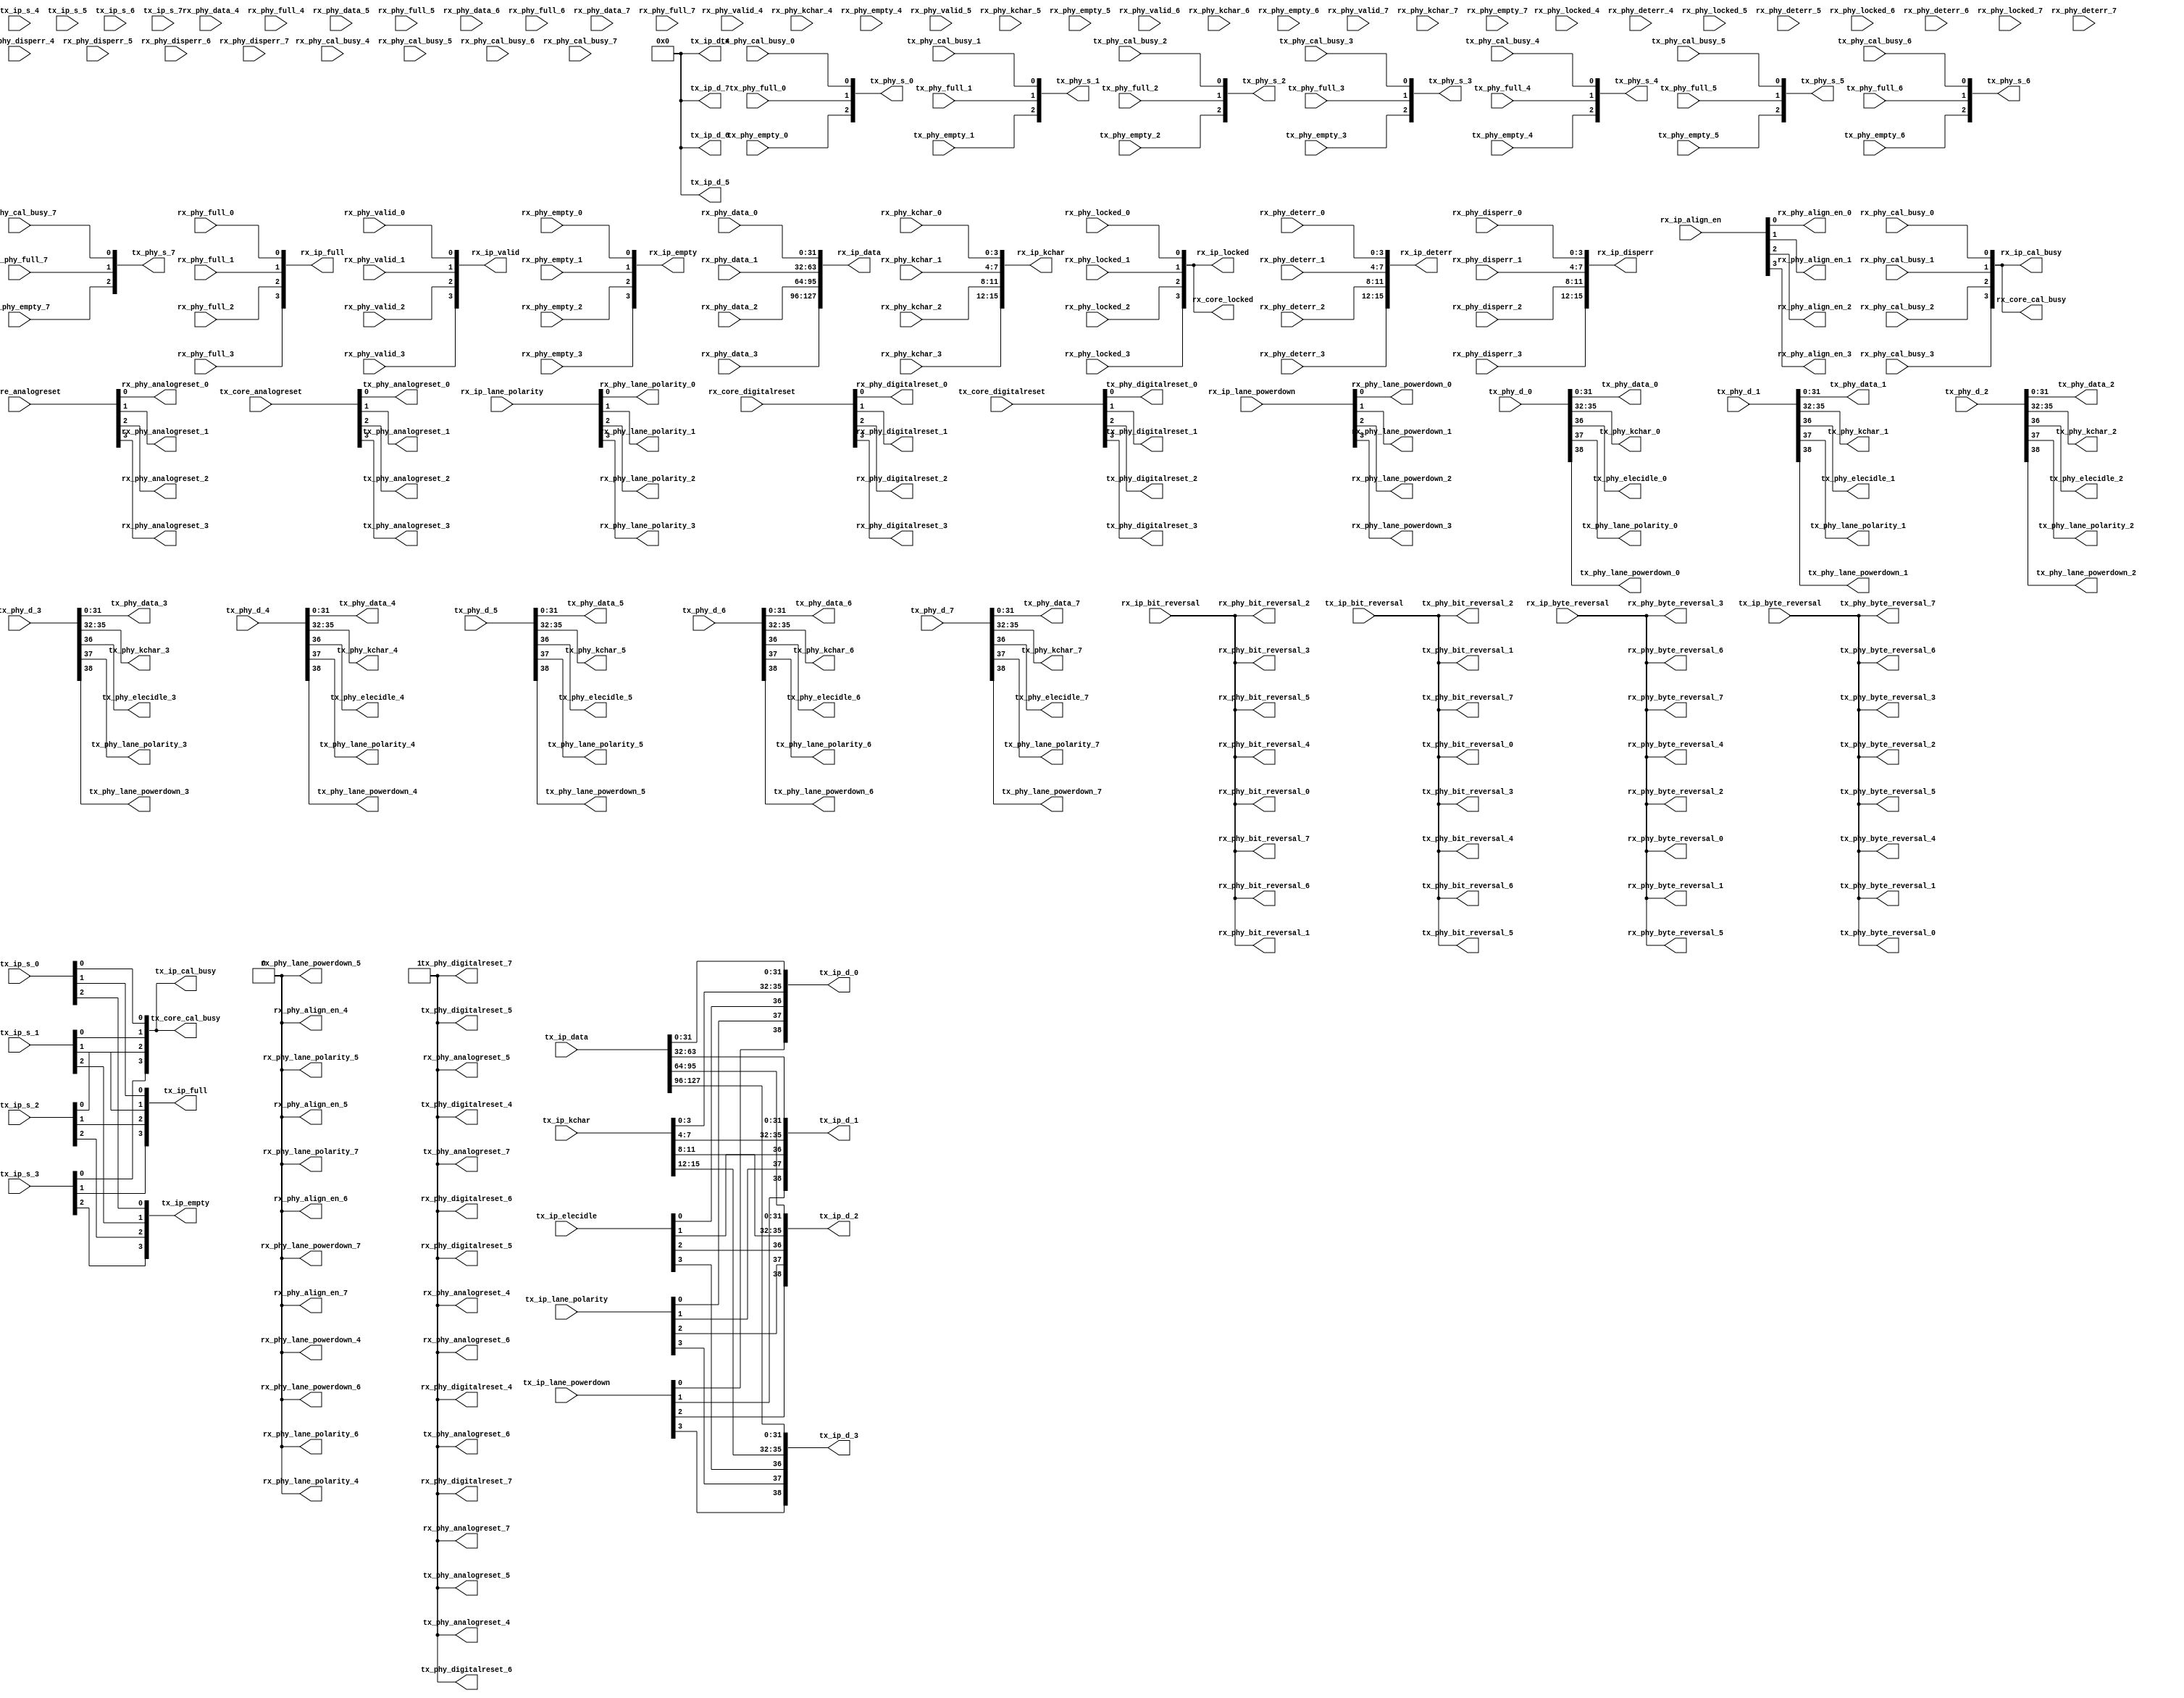
// ***************************************************************************
// ***************************************************************************
// Copyright 2011(c) Analog Devices, Inc.
// 
// All rights reserved.
// 
// Redistribution and use in source and binary forms, with or without modification,
// are permitted provided that the following conditions are met:
//     - Redistributions of source code must retain the above copyright
//       notice, this list of conditions and the following disclaimer.
//     - Redistributions in binary form must reproduce the above copyright
//       notice, this list of conditions and the following disclaimer in
//       the documentation and/or other materials provided with the
//       distribution.
//     - Neither the name of Analog Devices, Inc. nor the names of its
//       contributors may be used to endorse or promote products derived
//       from this software without specific prior written permission.
//     - The use of this software may or may not infringe the patent rights
//       of one or more patent holders.  This license does not release you
//       from the requirement that you obtain separate licenses from these
//       patent holders to use this software.
//     - Use of the software either in source or binary form, must be run
//       on or directly connected to an Analog Devices Inc. component.
//    
// THIS SOFTWARE IS PROVIDED BY ANALOG DEVICES "AS IS" AND ANY EXPRESS OR IMPLIED WARRANTIES,
// INCLUDING, BUT NOT LIMITED TO, NON-INFRINGEMENT, MERCHANTABILITY AND FITNESS FOR A
// PARTICULAR PURPOSE ARE DISCLAIMED.
//
// IN NO EVENT SHALL ANALOG DEVICES BE LIABLE FOR ANY DIRECT, INDIRECT, INCIDENTAL, SPECIAL,
// EXEMPLARY, OR CONSEQUENTIAL DAMAGES (INCLUDING, BUT NOT LIMITED TO, INTELLECTUAL PROPERTY
// RIGHTS, PROCUREMENT OF SUBSTITUTE GOODS OR SERVICES; LOSS OF USE, DATA, OR PROFITS; OR 
// BUSINESS INTERRUPTION) HOWEVER CAUSED AND ON ANY THEORY OF LIABILITY, WHETHER IN CONTRACT,
// STRICT LIABILITY, OR TORT (INCLUDING NEGLIGENCE OR OTHERWISE) ARISING IN ANY WAY OUT OF 
// THE USE OF THIS SOFTWARE, EVEN IF ADVISED OF THE POSSIBILITY OF SUCH DAMAGE.
// ***************************************************************************
// ***************************************************************************
// AUTO GENERATED BY avl_adxphy.pl, DO NOT MODIFY!

`timescale 1ns/1ps

module avl_adxphy #(

  // parameters

  parameter   integer NUM_OF_LANES = 4) (

  // rx-ip interface

  output  [((NUM_OF_LANES* 1)-1):0]   rx_ip_locked,
  output  [((NUM_OF_LANES* 1)-1):0]   rx_ip_cal_busy,
  output  [((NUM_OF_LANES* 1)-1):0]   rx_ip_valid,
  output  [((NUM_OF_LANES*32)-1):0]   rx_ip_data,
  output  [((NUM_OF_LANES* 4)-1):0]   rx_ip_disperr,
  output  [((NUM_OF_LANES* 4)-1):0]   rx_ip_deterr,
  output  [((NUM_OF_LANES* 4)-1):0]   rx_ip_kchar,
  output  [((NUM_OF_LANES* 1)-1):0]   rx_ip_full,
  output  [((NUM_OF_LANES* 1)-1):0]   rx_ip_empty,
  input   [((NUM_OF_LANES* 1)-1):0]   rx_ip_align_en,
  input   [((NUM_OF_LANES* 1)-1):0]   rx_ip_lane_polarity,
  input   [((NUM_OF_LANES* 1)-1):0]   rx_ip_lane_powerdown,
  input                               rx_ip_bit_reversal,
  input                               rx_ip_byte_reversal,

  // rx-phy interface(s)

  input                               rx_phy_locked_0,
  input                               rx_phy_cal_busy_0,
  input                               rx_phy_valid_0,
  input   [31:0]                      rx_phy_data_0,
  input   [ 3:0]                      rx_phy_disperr_0,
  input   [ 3:0]                      rx_phy_deterr_0,
  input   [ 3:0]                      rx_phy_kchar_0,
  input                               rx_phy_full_0,
  input                               rx_phy_empty_0,
  output                              rx_phy_align_en_0,
  output                              rx_phy_lane_polarity_0,
  output                              rx_phy_lane_powerdown_0,
  output                              rx_phy_bit_reversal_0,
  output                              rx_phy_byte_reversal_0,
  output                              rx_phy_analogreset_0,
  output                              rx_phy_digitalreset_0,

  input                               rx_phy_locked_1,
  input                               rx_phy_cal_busy_1,
  input                               rx_phy_valid_1,
  input   [31:0]                      rx_phy_data_1,
  input   [ 3:0]                      rx_phy_disperr_1,
  input   [ 3:0]                      rx_phy_deterr_1,
  input   [ 3:0]                      rx_phy_kchar_1,
  input                               rx_phy_full_1,
  input                               rx_phy_empty_1,
  output                              rx_phy_align_en_1,
  output                              rx_phy_lane_polarity_1,
  output                              rx_phy_lane_powerdown_1,
  output                              rx_phy_bit_reversal_1,
  output                              rx_phy_byte_reversal_1,
  output                              rx_phy_analogreset_1,
  output                              rx_phy_digitalreset_1,

  input                               rx_phy_locked_2,
  input                               rx_phy_cal_busy_2,
  input                               rx_phy_valid_2,
  input   [31:0]                      rx_phy_data_2,
  input   [ 3:0]                      rx_phy_disperr_2,
  input   [ 3:0]                      rx_phy_deterr_2,
  input   [ 3:0]                      rx_phy_kchar_2,
  input                               rx_phy_full_2,
  input                               rx_phy_empty_2,
  output                              rx_phy_align_en_2,
  output                              rx_phy_lane_polarity_2,
  output                              rx_phy_lane_powerdown_2,
  output                              rx_phy_bit_reversal_2,
  output                              rx_phy_byte_reversal_2,
  output                              rx_phy_analogreset_2,
  output                              rx_phy_digitalreset_2,

  input                               rx_phy_locked_3,
  input                               rx_phy_cal_busy_3,
  input                               rx_phy_valid_3,
  input   [31:0]                      rx_phy_data_3,
  input   [ 3:0]                      rx_phy_disperr_3,
  input   [ 3:0]                      rx_phy_deterr_3,
  input   [ 3:0]                      rx_phy_kchar_3,
  input                               rx_phy_full_3,
  input                               rx_phy_empty_3,
  output                              rx_phy_align_en_3,
  output                              rx_phy_lane_polarity_3,
  output                              rx_phy_lane_powerdown_3,
  output                              rx_phy_bit_reversal_3,
  output                              rx_phy_byte_reversal_3,
  output                              rx_phy_analogreset_3,
  output                              rx_phy_digitalreset_3,

  input                               rx_phy_locked_4,
  input                               rx_phy_cal_busy_4,
  input                               rx_phy_valid_4,
  input   [31:0]                      rx_phy_data_4,
  input   [ 3:0]                      rx_phy_disperr_4,
  input   [ 3:0]                      rx_phy_deterr_4,
  input   [ 3:0]                      rx_phy_kchar_4,
  input                               rx_phy_full_4,
  input                               rx_phy_empty_4,
  output                              rx_phy_align_en_4,
  output                              rx_phy_lane_polarity_4,
  output                              rx_phy_lane_powerdown_4,
  output                              rx_phy_bit_reversal_4,
  output                              rx_phy_byte_reversal_4,
  output                              rx_phy_analogreset_4,
  output                              rx_phy_digitalreset_4,

  input                               rx_phy_locked_5,
  input                               rx_phy_cal_busy_5,
  input                               rx_phy_valid_5,
  input   [31:0]                      rx_phy_data_5,
  input   [ 3:0]                      rx_phy_disperr_5,
  input   [ 3:0]                      rx_phy_deterr_5,
  input   [ 3:0]                      rx_phy_kchar_5,
  input                               rx_phy_full_5,
  input                               rx_phy_empty_5,
  output                              rx_phy_align_en_5,
  output                              rx_phy_lane_polarity_5,
  output                              rx_phy_lane_powerdown_5,
  output                              rx_phy_bit_reversal_5,
  output                              rx_phy_byte_reversal_5,
  output                              rx_phy_analogreset_5,
  output                              rx_phy_digitalreset_5,

  input                               rx_phy_locked_6,
  input                               rx_phy_cal_busy_6,
  input                               rx_phy_valid_6,
  input   [31:0]                      rx_phy_data_6,
  input   [ 3:0]                      rx_phy_disperr_6,
  input   [ 3:0]                      rx_phy_deterr_6,
  input   [ 3:0]                      rx_phy_kchar_6,
  input                               rx_phy_full_6,
  input                               rx_phy_empty_6,
  output                              rx_phy_align_en_6,
  output                              rx_phy_lane_polarity_6,
  output                              rx_phy_lane_powerdown_6,
  output                              rx_phy_bit_reversal_6,
  output                              rx_phy_byte_reversal_6,
  output                              rx_phy_analogreset_6,
  output                              rx_phy_digitalreset_6,

  input                               rx_phy_locked_7,
  input                               rx_phy_cal_busy_7,
  input                               rx_phy_valid_7,
  input   [31:0]                      rx_phy_data_7,
  input   [ 3:0]                      rx_phy_disperr_7,
  input   [ 3:0]                      rx_phy_deterr_7,
  input   [ 3:0]                      rx_phy_kchar_7,
  input                               rx_phy_full_7,
  input                               rx_phy_empty_7,
  output                              rx_phy_align_en_7,
  output                              rx_phy_lane_polarity_7,
  output                              rx_phy_lane_powerdown_7,
  output                              rx_phy_bit_reversal_7,
  output                              rx_phy_byte_reversal_7,
  output                              rx_phy_analogreset_7,
  output                              rx_phy_digitalreset_7,

  // rx-core interface

  input   [((NUM_OF_LANES* 1)-1):0]   rx_core_analogreset,
  input   [((NUM_OF_LANES* 1)-1):0]   rx_core_digitalreset,
  output  [((NUM_OF_LANES* 1)-1):0]   rx_core_locked,
  output  [((NUM_OF_LANES* 1)-1):0]   rx_core_cal_busy,

  // tx-ip interface

  output  [((NUM_OF_LANES* 1)-1):0]   tx_ip_cal_busy,
  output  [((NUM_OF_LANES* 1)-1):0]   tx_ip_full,
  output  [((NUM_OF_LANES* 1)-1):0]   tx_ip_empty,
  input   [((NUM_OF_LANES*32)-1):0]   tx_ip_data,
  input   [((NUM_OF_LANES* 4)-1):0]   tx_ip_kchar,
  input   [((NUM_OF_LANES* 1)-1):0]   tx_ip_elecidle,
  input   [((NUM_OF_LANES* 1)-1):0]   tx_ip_lane_polarity,
  input   [((NUM_OF_LANES* 1)-1):0]   tx_ip_lane_powerdown,
  input                               tx_ip_bit_reversal,
  input                               tx_ip_byte_reversal,

  // tx-mux interface

  input   [ 2:0]                      tx_ip_s_0,
  output  [38:0]                      tx_ip_d_0,
  output  [ 2:0]                      tx_phy_s_0,
  input   [38:0]                      tx_phy_d_0,

  input   [ 2:0]                      tx_ip_s_1,
  output  [38:0]                      tx_ip_d_1,
  output  [ 2:0]                      tx_phy_s_1,
  input   [38:0]                      tx_phy_d_1,

  input   [ 2:0]                      tx_ip_s_2,
  output  [38:0]                      tx_ip_d_2,
  output  [ 2:0]                      tx_phy_s_2,
  input   [38:0]                      tx_phy_d_2,

  input   [ 2:0]                      tx_ip_s_3,
  output  [38:0]                      tx_ip_d_3,
  output  [ 2:0]                      tx_phy_s_3,
  input   [38:0]                      tx_phy_d_3,

  input   [ 2:0]                      tx_ip_s_4,
  output  [38:0]                      tx_ip_d_4,
  output  [ 2:0]                      tx_phy_s_4,
  input   [38:0]                      tx_phy_d_4,

  input   [ 2:0]                      tx_ip_s_5,
  output  [38:0]                      tx_ip_d_5,
  output  [ 2:0]                      tx_phy_s_5,
  input   [38:0]                      tx_phy_d_5,

  input   [ 2:0]                      tx_ip_s_6,
  output  [38:0]                      tx_ip_d_6,
  output  [ 2:0]                      tx_phy_s_6,
  input   [38:0]                      tx_phy_d_6,

  input   [ 2:0]                      tx_ip_s_7,
  output  [38:0]                      tx_ip_d_7,
  output  [ 2:0]                      tx_phy_s_7,
  input   [38:0]                      tx_phy_d_7,

  // tx-phy interface

  input                               tx_phy_cal_busy_0,
  input                               tx_phy_full_0,
  input                               tx_phy_empty_0,
  output  [31:0]                      tx_phy_data_0,
  output  [ 3:0]                      tx_phy_kchar_0,
  output                              tx_phy_elecidle_0,
  output                              tx_phy_lane_polarity_0,
  output                              tx_phy_lane_powerdown_0,
  output                              tx_phy_bit_reversal_0,
  output                              tx_phy_byte_reversal_0,
  output                              tx_phy_analogreset_0,
  output                              tx_phy_digitalreset_0,

  input                               tx_phy_cal_busy_1,
  input                               tx_phy_full_1,
  input                               tx_phy_empty_1,
  output  [31:0]                      tx_phy_data_1,
  output  [ 3:0]                      tx_phy_kchar_1,
  output                              tx_phy_elecidle_1,
  output                              tx_phy_lane_polarity_1,
  output                              tx_phy_lane_powerdown_1,
  output                              tx_phy_bit_reversal_1,
  output                              tx_phy_byte_reversal_1,
  output                              tx_phy_analogreset_1,
  output                              tx_phy_digitalreset_1,

  input                               tx_phy_cal_busy_2,
  input                               tx_phy_full_2,
  input                               tx_phy_empty_2,
  output  [31:0]                      tx_phy_data_2,
  output  [ 3:0]                      tx_phy_kchar_2,
  output                              tx_phy_elecidle_2,
  output                              tx_phy_lane_polarity_2,
  output                              tx_phy_lane_powerdown_2,
  output                              tx_phy_bit_reversal_2,
  output                              tx_phy_byte_reversal_2,
  output                              tx_phy_analogreset_2,
  output                              tx_phy_digitalreset_2,

  input                               tx_phy_cal_busy_3,
  input                               tx_phy_full_3,
  input                               tx_phy_empty_3,
  output  [31:0]                      tx_phy_data_3,
  output  [ 3:0]                      tx_phy_kchar_3,
  output                              tx_phy_elecidle_3,
  output                              tx_phy_lane_polarity_3,
  output                              tx_phy_lane_powerdown_3,
  output                              tx_phy_bit_reversal_3,
  output                              tx_phy_byte_reversal_3,
  output                              tx_phy_analogreset_3,
  output                              tx_phy_digitalreset_3,

  input                               tx_phy_cal_busy_4,
  input                               tx_phy_full_4,
  input                               tx_phy_empty_4,
  output  [31:0]                      tx_phy_data_4,
  output  [ 3:0]                      tx_phy_kchar_4,
  output                              tx_phy_elecidle_4,
  output                              tx_phy_lane_polarity_4,
  output                              tx_phy_lane_powerdown_4,
  output                              tx_phy_bit_reversal_4,
  output                              tx_phy_byte_reversal_4,
  output                              tx_phy_analogreset_4,
  output                              tx_phy_digitalreset_4,

  input                               tx_phy_cal_busy_5,
  input                               tx_phy_full_5,
  input                               tx_phy_empty_5,
  output  [31:0]                      tx_phy_data_5,
  output  [ 3:0]                      tx_phy_kchar_5,
  output                              tx_phy_elecidle_5,
  output                              tx_phy_lane_polarity_5,
  output                              tx_phy_lane_powerdown_5,
  output                              tx_phy_bit_reversal_5,
  output                              tx_phy_byte_reversal_5,
  output                              tx_phy_analogreset_5,
  output                              tx_phy_digitalreset_5,

  input                               tx_phy_cal_busy_6,
  input                               tx_phy_full_6,
  input                               tx_phy_empty_6,
  output  [31:0]                      tx_phy_data_6,
  output  [ 3:0]                      tx_phy_kchar_6,
  output                              tx_phy_elecidle_6,
  output                              tx_phy_lane_polarity_6,
  output                              tx_phy_lane_powerdown_6,
  output                              tx_phy_bit_reversal_6,
  output                              tx_phy_byte_reversal_6,
  output                              tx_phy_analogreset_6,
  output                              tx_phy_digitalreset_6,

  input                               tx_phy_cal_busy_7,
  input                               tx_phy_full_7,
  input                               tx_phy_empty_7,
  output  [31:0]                      tx_phy_data_7,
  output  [ 3:0]                      tx_phy_kchar_7,
  output                              tx_phy_elecidle_7,
  output                              tx_phy_lane_polarity_7,
  output                              tx_phy_lane_powerdown_7,
  output                              tx_phy_bit_reversal_7,
  output                              tx_phy_byte_reversal_7,
  output                              tx_phy_analogreset_7,
  output                              tx_phy_digitalreset_7,

  // tx-core interface

  input   [((NUM_OF_LANES* 1)-1):0]   tx_core_analogreset,
  input   [((NUM_OF_LANES* 1)-1):0]   tx_core_digitalreset,
  output  [((NUM_OF_LANES* 1)-1):0]   tx_core_cal_busy);

  // rx assignments

  generate
  if (NUM_OF_LANES > 0) begin
  assign rx_core_locked[0] = rx_phy_locked_0;
  assign rx_core_cal_busy[0] = rx_phy_cal_busy_0;
  assign rx_ip_locked[0] = rx_phy_locked_0;
  assign rx_ip_cal_busy[0] = rx_phy_cal_busy_0;
  assign rx_ip_valid[0] = rx_phy_valid_0;
  assign rx_ip_data[((32*1)-1):(32*0)] = rx_phy_data_0;
  assign rx_ip_disperr[((4*1)-1):(4*0)] = rx_phy_disperr_0;
  assign rx_ip_deterr[((4*1)-1):(4*0)] = rx_phy_deterr_0;
  assign rx_ip_kchar[((4*1)-1):(4*0)] = rx_phy_kchar_0;
  assign rx_ip_full[0] = rx_phy_full_0;
  assign rx_ip_empty[0] = rx_phy_empty_0;
  end
  endgenerate

  generate
  if (NUM_OF_LANES > 0) begin
  assign rx_phy_align_en_0 = rx_ip_align_en[0];
  assign rx_phy_lane_polarity_0 = rx_ip_lane_polarity[0];
  assign rx_phy_lane_powerdown_0 = rx_ip_lane_powerdown[0];
  assign rx_phy_analogreset_0 = rx_core_analogreset[0];
  assign rx_phy_digitalreset_0 = rx_core_digitalreset[0];
  end else begin
  assign rx_phy_align_en_0 = 1'd0;
  assign rx_phy_lane_polarity_0 = 1'd0;
  assign rx_phy_lane_powerdown_0 = 1'd0;
  assign rx_phy_analogreset_0 = 1'd1;
  assign rx_phy_digitalreset_0 = 1'd1;
  end
  endgenerate

  assign rx_phy_bit_reversal_0 = rx_ip_bit_reversal;
  assign rx_phy_byte_reversal_0 = rx_ip_byte_reversal;

  generate
  if (NUM_OF_LANES > 1) begin
  assign rx_core_locked[1] = rx_phy_locked_1;
  assign rx_core_cal_busy[1] = rx_phy_cal_busy_1;
  assign rx_ip_locked[1] = rx_phy_locked_1;
  assign rx_ip_cal_busy[1] = rx_phy_cal_busy_1;
  assign rx_ip_valid[1] = rx_phy_valid_1;
  assign rx_ip_data[((32*2)-1):(32*1)] = rx_phy_data_1;
  assign rx_ip_disperr[((4*2)-1):(4*1)] = rx_phy_disperr_1;
  assign rx_ip_deterr[((4*2)-1):(4*1)] = rx_phy_deterr_1;
  assign rx_ip_kchar[((4*2)-1):(4*1)] = rx_phy_kchar_1;
  assign rx_ip_full[1] = rx_phy_full_1;
  assign rx_ip_empty[1] = rx_phy_empty_1;
  end
  endgenerate

  generate
  if (NUM_OF_LANES > 1) begin
  assign rx_phy_align_en_1 = rx_ip_align_en[1];
  assign rx_phy_lane_polarity_1 = rx_ip_lane_polarity[1];
  assign rx_phy_lane_powerdown_1 = rx_ip_lane_powerdown[1];
  assign rx_phy_analogreset_1 = rx_core_analogreset[1];
  assign rx_phy_digitalreset_1 = rx_core_digitalreset[1];
  end else begin
  assign rx_phy_align_en_1 = 1'd0;
  assign rx_phy_lane_polarity_1 = 1'd0;
  assign rx_phy_lane_powerdown_1 = 1'd0;
  assign rx_phy_analogreset_1 = 1'd1;
  assign rx_phy_digitalreset_1 = 1'd1;
  end
  endgenerate

  assign rx_phy_bit_reversal_1 = rx_ip_bit_reversal;
  assign rx_phy_byte_reversal_1 = rx_ip_byte_reversal;

  generate
  if (NUM_OF_LANES > 2) begin
  assign rx_core_locked[2] = rx_phy_locked_2;
  assign rx_core_cal_busy[2] = rx_phy_cal_busy_2;
  assign rx_ip_locked[2] = rx_phy_locked_2;
  assign rx_ip_cal_busy[2] = rx_phy_cal_busy_2;
  assign rx_ip_valid[2] = rx_phy_valid_2;
  assign rx_ip_data[((32*3)-1):(32*2)] = rx_phy_data_2;
  assign rx_ip_disperr[((4*3)-1):(4*2)] = rx_phy_disperr_2;
  assign rx_ip_deterr[((4*3)-1):(4*2)] = rx_phy_deterr_2;
  assign rx_ip_kchar[((4*3)-1):(4*2)] = rx_phy_kchar_2;
  assign rx_ip_full[2] = rx_phy_full_2;
  assign rx_ip_empty[2] = rx_phy_empty_2;
  end
  endgenerate

  generate
  if (NUM_OF_LANES > 2) begin
  assign rx_phy_align_en_2 = rx_ip_align_en[2];
  assign rx_phy_lane_polarity_2 = rx_ip_lane_polarity[2];
  assign rx_phy_lane_powerdown_2 = rx_ip_lane_powerdown[2];
  assign rx_phy_analogreset_2 = rx_core_analogreset[2];
  assign rx_phy_digitalreset_2 = rx_core_digitalreset[2];
  end else begin
  assign rx_phy_align_en_2 = 1'd0;
  assign rx_phy_lane_polarity_2 = 1'd0;
  assign rx_phy_lane_powerdown_2 = 1'd0;
  assign rx_phy_analogreset_2 = 1'd1;
  assign rx_phy_digitalreset_2 = 1'd1;
  end
  endgenerate

  assign rx_phy_bit_reversal_2 = rx_ip_bit_reversal;
  assign rx_phy_byte_reversal_2 = rx_ip_byte_reversal;

  generate
  if (NUM_OF_LANES > 3) begin
  assign rx_core_locked[3] = rx_phy_locked_3;
  assign rx_core_cal_busy[3] = rx_phy_cal_busy_3;
  assign rx_ip_locked[3] = rx_phy_locked_3;
  assign rx_ip_cal_busy[3] = rx_phy_cal_busy_3;
  assign rx_ip_valid[3] = rx_phy_valid_3;
  assign rx_ip_data[((32*4)-1):(32*3)] = rx_phy_data_3;
  assign rx_ip_disperr[((4*4)-1):(4*3)] = rx_phy_disperr_3;
  assign rx_ip_deterr[((4*4)-1):(4*3)] = rx_phy_deterr_3;
  assign rx_ip_kchar[((4*4)-1):(4*3)] = rx_phy_kchar_3;
  assign rx_ip_full[3] = rx_phy_full_3;
  assign rx_ip_empty[3] = rx_phy_empty_3;
  end
  endgenerate

  generate
  if (NUM_OF_LANES > 3) begin
  assign rx_phy_align_en_3 = rx_ip_align_en[3];
  assign rx_phy_lane_polarity_3 = rx_ip_lane_polarity[3];
  assign rx_phy_lane_powerdown_3 = rx_ip_lane_powerdown[3];
  assign rx_phy_analogreset_3 = rx_core_analogreset[3];
  assign rx_phy_digitalreset_3 = rx_core_digitalreset[3];
  end else begin
  assign rx_phy_align_en_3 = 1'd0;
  assign rx_phy_lane_polarity_3 = 1'd0;
  assign rx_phy_lane_powerdown_3 = 1'd0;
  assign rx_phy_analogreset_3 = 1'd1;
  assign rx_phy_digitalreset_3 = 1'd1;
  end
  endgenerate

  assign rx_phy_bit_reversal_3 = rx_ip_bit_reversal;
  assign rx_phy_byte_reversal_3 = rx_ip_byte_reversal;

  generate
  if (NUM_OF_LANES > 4) begin
  assign rx_core_locked[4] = rx_phy_locked_4;
  assign rx_core_cal_busy[4] = rx_phy_cal_busy_4;
  assign rx_ip_locked[4] = rx_phy_locked_4;
  assign rx_ip_cal_busy[4] = rx_phy_cal_busy_4;
  assign rx_ip_valid[4] = rx_phy_valid_4;
  assign rx_ip_data[((32*5)-1):(32*4)] = rx_phy_data_4;
  assign rx_ip_disperr[((4*5)-1):(4*4)] = rx_phy_disperr_4;
  assign rx_ip_deterr[((4*5)-1):(4*4)] = rx_phy_deterr_4;
  assign rx_ip_kchar[((4*5)-1):(4*4)] = rx_phy_kchar_4;
  assign rx_ip_full[4] = rx_phy_full_4;
  assign rx_ip_empty[4] = rx_phy_empty_4;
  end
  endgenerate

  generate
  if (NUM_OF_LANES > 4) begin
  assign rx_phy_align_en_4 = rx_ip_align_en[4];
  assign rx_phy_lane_polarity_4 = rx_ip_lane_polarity[4];
  assign rx_phy_lane_powerdown_4 = rx_ip_lane_powerdown[4];
  assign rx_phy_analogreset_4 = rx_core_analogreset[4];
  assign rx_phy_digitalreset_4 = rx_core_digitalreset[4];
  end else begin
  assign rx_phy_align_en_4 = 1'd0;
  assign rx_phy_lane_polarity_4 = 1'd0;
  assign rx_phy_lane_powerdown_4 = 1'd0;
  assign rx_phy_analogreset_4 = 1'd1;
  assign rx_phy_digitalreset_4 = 1'd1;
  end
  endgenerate

  assign rx_phy_bit_reversal_4 = rx_ip_bit_reversal;
  assign rx_phy_byte_reversal_4 = rx_ip_byte_reversal;

  generate
  if (NUM_OF_LANES > 5) begin
  assign rx_core_locked[5] = rx_phy_locked_5;
  assign rx_core_cal_busy[5] = rx_phy_cal_busy_5;
  assign rx_ip_locked[5] = rx_phy_locked_5;
  assign rx_ip_cal_busy[5] = rx_phy_cal_busy_5;
  assign rx_ip_valid[5] = rx_phy_valid_5;
  assign rx_ip_data[((32*6)-1):(32*5)] = rx_phy_data_5;
  assign rx_ip_disperr[((4*6)-1):(4*5)] = rx_phy_disperr_5;
  assign rx_ip_deterr[((4*6)-1):(4*5)] = rx_phy_deterr_5;
  assign rx_ip_kchar[((4*6)-1):(4*5)] = rx_phy_kchar_5;
  assign rx_ip_full[5] = rx_phy_full_5;
  assign rx_ip_empty[5] = rx_phy_empty_5;
  end
  endgenerate

  generate
  if (NUM_OF_LANES > 5) begin
  assign rx_phy_align_en_5 = rx_ip_align_en[5];
  assign rx_phy_lane_polarity_5 = rx_ip_lane_polarity[5];
  assign rx_phy_lane_powerdown_5 = rx_ip_lane_powerdown[5];
  assign rx_phy_analogreset_5 = rx_core_analogreset[5];
  assign rx_phy_digitalreset_5 = rx_core_digitalreset[5];
  end else begin
  assign rx_phy_align_en_5 = 1'd0;
  assign rx_phy_lane_polarity_5 = 1'd0;
  assign rx_phy_lane_powerdown_5 = 1'd0;
  assign rx_phy_analogreset_5 = 1'd1;
  assign rx_phy_digitalreset_5 = 1'd1;
  end
  endgenerate

  assign rx_phy_bit_reversal_5 = rx_ip_bit_reversal;
  assign rx_phy_byte_reversal_5 = rx_ip_byte_reversal;

  generate
  if (NUM_OF_LANES > 6) begin
  assign rx_core_locked[6] = rx_phy_locked_6;
  assign rx_core_cal_busy[6] = rx_phy_cal_busy_6;
  assign rx_ip_locked[6] = rx_phy_locked_6;
  assign rx_ip_cal_busy[6] = rx_phy_cal_busy_6;
  assign rx_ip_valid[6] = rx_phy_valid_6;
  assign rx_ip_data[((32*7)-1):(32*6)] = rx_phy_data_6;
  assign rx_ip_disperr[((4*7)-1):(4*6)] = rx_phy_disperr_6;
  assign rx_ip_deterr[((4*7)-1):(4*6)] = rx_phy_deterr_6;
  assign rx_ip_kchar[((4*7)-1):(4*6)] = rx_phy_kchar_6;
  assign rx_ip_full[6] = rx_phy_full_6;
  assign rx_ip_empty[6] = rx_phy_empty_6;
  end
  endgenerate

  generate
  if (NUM_OF_LANES > 6) begin
  assign rx_phy_align_en_6 = rx_ip_align_en[6];
  assign rx_phy_lane_polarity_6 = rx_ip_lane_polarity[6];
  assign rx_phy_lane_powerdown_6 = rx_ip_lane_powerdown[6];
  assign rx_phy_analogreset_6 = rx_core_analogreset[6];
  assign rx_phy_digitalreset_6 = rx_core_digitalreset[6];
  end else begin
  assign rx_phy_align_en_6 = 1'd0;
  assign rx_phy_lane_polarity_6 = 1'd0;
  assign rx_phy_lane_powerdown_6 = 1'd0;
  assign rx_phy_analogreset_6 = 1'd1;
  assign rx_phy_digitalreset_6 = 1'd1;
  end
  endgenerate

  assign rx_phy_bit_reversal_6 = rx_ip_bit_reversal;
  assign rx_phy_byte_reversal_6 = rx_ip_byte_reversal;

  generate
  if (NUM_OF_LANES > 7) begin
  assign rx_core_locked[7] = rx_phy_locked_7;
  assign rx_core_cal_busy[7] = rx_phy_cal_busy_7;
  assign rx_ip_locked[7] = rx_phy_locked_7;
  assign rx_ip_cal_busy[7] = rx_phy_cal_busy_7;
  assign rx_ip_valid[7] = rx_phy_valid_7;
  assign rx_ip_data[((32*8)-1):(32*7)] = rx_phy_data_7;
  assign rx_ip_disperr[((4*8)-1):(4*7)] = rx_phy_disperr_7;
  assign rx_ip_deterr[((4*8)-1):(4*7)] = rx_phy_deterr_7;
  assign rx_ip_kchar[((4*8)-1):(4*7)] = rx_phy_kchar_7;
  assign rx_ip_full[7] = rx_phy_full_7;
  assign rx_ip_empty[7] = rx_phy_empty_7;
  end
  endgenerate

  generate
  if (NUM_OF_LANES > 7) begin
  assign rx_phy_align_en_7 = rx_ip_align_en[7];
  assign rx_phy_lane_polarity_7 = rx_ip_lane_polarity[7];
  assign rx_phy_lane_powerdown_7 = rx_ip_lane_powerdown[7];
  assign rx_phy_analogreset_7 = rx_core_analogreset[7];
  assign rx_phy_digitalreset_7 = rx_core_digitalreset[7];
  end else begin
  assign rx_phy_align_en_7 = 1'd0;
  assign rx_phy_lane_polarity_7 = 1'd0;
  assign rx_phy_lane_powerdown_7 = 1'd0;
  assign rx_phy_analogreset_7 = 1'd1;
  assign rx_phy_digitalreset_7 = 1'd1;
  end
  endgenerate

  assign rx_phy_bit_reversal_7 = rx_ip_bit_reversal;
  assign rx_phy_byte_reversal_7 = rx_ip_byte_reversal;

  // tx assignments

  generate
  if (NUM_OF_LANES > 0) begin
  assign tx_core_cal_busy[0] = tx_ip_s_0[0];
  assign tx_ip_cal_busy[0] = tx_ip_s_0[0];
  assign tx_ip_full[0] = tx_ip_s_0[1];
  assign tx_ip_empty[0] = tx_ip_s_0[2];
  end
  endgenerate

  generate
  if (NUM_OF_LANES > 0) begin
  assign tx_ip_d_0[31: 0] = tx_ip_data[((32*1)-1):(32*0)];
  assign tx_ip_d_0[35:32] = tx_ip_kchar[((4*1)-1):(4*0)];
  assign tx_ip_d_0[36:36] = tx_ip_elecidle[0];
  assign tx_ip_d_0[37:37] = tx_ip_lane_polarity[0];
  assign tx_ip_d_0[38:38] = tx_ip_lane_powerdown[0];
  end else begin
  assign tx_ip_d_0[31: 0] = 32'd0;
  assign tx_ip_d_0[35:32] = 4'd0;
  assign tx_ip_d_0[36:36] = 1'd0;
  assign tx_ip_d_0[37:37] = 1'd0;
  assign tx_ip_d_0[38:38] = 1'd0;
  end
  endgenerate

  generate
  if (NUM_OF_LANES > 0) begin
  assign tx_phy_analogreset_0 = tx_core_analogreset[0];
  assign tx_phy_digitalreset_0 = tx_core_digitalreset[0];
  end else begin
  assign tx_phy_analogreset_0 = 1'd1;
  assign tx_phy_digitalreset_0 = 1'd1;
  end
  endgenerate

  assign tx_phy_s_0[0] = tx_phy_cal_busy_0;
  assign tx_phy_s_0[1] = tx_phy_full_0;
  assign tx_phy_s_0[2] = tx_phy_empty_0;
  assign tx_phy_data_0 = tx_phy_d_0[31:0];
  assign tx_phy_kchar_0 = tx_phy_d_0[35:32];
  assign tx_phy_elecidle_0 = tx_phy_d_0[36];
  assign tx_phy_lane_polarity_0 = tx_phy_d_0[37];
  assign tx_phy_lane_powerdown_0 = tx_phy_d_0[38];
  assign tx_phy_bit_reversal_0 = tx_ip_bit_reversal;
  assign tx_phy_byte_reversal_0 = tx_ip_byte_reversal;

  generate
  if (NUM_OF_LANES > 1) begin
  assign tx_core_cal_busy[1] = tx_ip_s_1[0];
  assign tx_ip_cal_busy[1] = tx_ip_s_1[0];
  assign tx_ip_full[1] = tx_ip_s_1[1];
  assign tx_ip_empty[1] = tx_ip_s_1[2];
  end
  endgenerate

  generate
  if (NUM_OF_LANES > 1) begin
  assign tx_ip_d_1[31: 0] = tx_ip_data[((32*2)-1):(32*1)];
  assign tx_ip_d_1[35:32] = tx_ip_kchar[((4*2)-1):(4*1)];
  assign tx_ip_d_1[36:36] = tx_ip_elecidle[1];
  assign tx_ip_d_1[37:37] = tx_ip_lane_polarity[1];
  assign tx_ip_d_1[38:38] = tx_ip_lane_powerdown[1];
  end else begin
  assign tx_ip_d_1[31: 0] = 32'd0;
  assign tx_ip_d_1[35:32] = 4'd0;
  assign tx_ip_d_1[36:36] = 1'd0;
  assign tx_ip_d_1[37:37] = 1'd0;
  assign tx_ip_d_1[38:38] = 1'd0;
  end
  endgenerate

  generate
  if (NUM_OF_LANES > 1) begin
  assign tx_phy_analogreset_1 = tx_core_analogreset[1];
  assign tx_phy_digitalreset_1 = tx_core_digitalreset[1];
  end else begin
  assign tx_phy_analogreset_1 = 1'd1;
  assign tx_phy_digitalreset_1 = 1'd1;
  end
  endgenerate

  assign tx_phy_s_1[0] = tx_phy_cal_busy_1;
  assign tx_phy_s_1[1] = tx_phy_full_1;
  assign tx_phy_s_1[2] = tx_phy_empty_1;
  assign tx_phy_data_1 = tx_phy_d_1[31:0];
  assign tx_phy_kchar_1 = tx_phy_d_1[35:32];
  assign tx_phy_elecidle_1 = tx_phy_d_1[36];
  assign tx_phy_lane_polarity_1 = tx_phy_d_1[37];
  assign tx_phy_lane_powerdown_1 = tx_phy_d_1[38];
  assign tx_phy_bit_reversal_1 = tx_ip_bit_reversal;
  assign tx_phy_byte_reversal_1 = tx_ip_byte_reversal;

  generate
  if (NUM_OF_LANES > 2) begin
  assign tx_core_cal_busy[2] = tx_ip_s_2[0];
  assign tx_ip_cal_busy[2] = tx_ip_s_2[0];
  assign tx_ip_full[2] = tx_ip_s_2[1];
  assign tx_ip_empty[2] = tx_ip_s_2[2];
  end
  endgenerate

  generate
  if (NUM_OF_LANES > 2) begin
  assign tx_ip_d_2[31: 0] = tx_ip_data[((32*3)-1):(32*2)];
  assign tx_ip_d_2[35:32] = tx_ip_kchar[((4*3)-1):(4*2)];
  assign tx_ip_d_2[36:36] = tx_ip_elecidle[2];
  assign tx_ip_d_2[37:37] = tx_ip_lane_polarity[2];
  assign tx_ip_d_2[38:38] = tx_ip_lane_powerdown[2];
  end else begin
  assign tx_ip_d_2[31: 0] = 32'd0;
  assign tx_ip_d_2[35:32] = 4'd0;
  assign tx_ip_d_2[36:36] = 1'd0;
  assign tx_ip_d_2[37:37] = 1'd0;
  assign tx_ip_d_2[38:38] = 1'd0;
  end
  endgenerate

  generate
  if (NUM_OF_LANES > 2) begin
  assign tx_phy_analogreset_2 = tx_core_analogreset[2];
  assign tx_phy_digitalreset_2 = tx_core_digitalreset[2];
  end else begin
  assign tx_phy_analogreset_2 = 1'd1;
  assign tx_phy_digitalreset_2 = 1'd1;
  end
  endgenerate

  assign tx_phy_s_2[0] = tx_phy_cal_busy_2;
  assign tx_phy_s_2[1] = tx_phy_full_2;
  assign tx_phy_s_2[2] = tx_phy_empty_2;
  assign tx_phy_data_2 = tx_phy_d_2[31:0];
  assign tx_phy_kchar_2 = tx_phy_d_2[35:32];
  assign tx_phy_elecidle_2 = tx_phy_d_2[36];
  assign tx_phy_lane_polarity_2 = tx_phy_d_2[37];
  assign tx_phy_lane_powerdown_2 = tx_phy_d_2[38];
  assign tx_phy_bit_reversal_2 = tx_ip_bit_reversal;
  assign tx_phy_byte_reversal_2 = tx_ip_byte_reversal;

  generate
  if (NUM_OF_LANES > 3) begin
  assign tx_core_cal_busy[3] = tx_ip_s_3[0];
  assign tx_ip_cal_busy[3] = tx_ip_s_3[0];
  assign tx_ip_full[3] = tx_ip_s_3[1];
  assign tx_ip_empty[3] = tx_ip_s_3[2];
  end
  endgenerate

  generate
  if (NUM_OF_LANES > 3) begin
  assign tx_ip_d_3[31: 0] = tx_ip_data[((32*4)-1):(32*3)];
  assign tx_ip_d_3[35:32] = tx_ip_kchar[((4*4)-1):(4*3)];
  assign tx_ip_d_3[36:36] = tx_ip_elecidle[3];
  assign tx_ip_d_3[37:37] = tx_ip_lane_polarity[3];
  assign tx_ip_d_3[38:38] = tx_ip_lane_powerdown[3];
  end else begin
  assign tx_ip_d_3[31: 0] = 32'd0;
  assign tx_ip_d_3[35:32] = 4'd0;
  assign tx_ip_d_3[36:36] = 1'd0;
  assign tx_ip_d_3[37:37] = 1'd0;
  assign tx_ip_d_3[38:38] = 1'd0;
  end
  endgenerate

  generate
  if (NUM_OF_LANES > 3) begin
  assign tx_phy_analogreset_3 = tx_core_analogreset[3];
  assign tx_phy_digitalreset_3 = tx_core_digitalreset[3];
  end else begin
  assign tx_phy_analogreset_3 = 1'd1;
  assign tx_phy_digitalreset_3 = 1'd1;
  end
  endgenerate

  assign tx_phy_s_3[0] = tx_phy_cal_busy_3;
  assign tx_phy_s_3[1] = tx_phy_full_3;
  assign tx_phy_s_3[2] = tx_phy_empty_3;
  assign tx_phy_data_3 = tx_phy_d_3[31:0];
  assign tx_phy_kchar_3 = tx_phy_d_3[35:32];
  assign tx_phy_elecidle_3 = tx_phy_d_3[36];
  assign tx_phy_lane_polarity_3 = tx_phy_d_3[37];
  assign tx_phy_lane_powerdown_3 = tx_phy_d_3[38];
  assign tx_phy_bit_reversal_3 = tx_ip_bit_reversal;
  assign tx_phy_byte_reversal_3 = tx_ip_byte_reversal;

  generate
  if (NUM_OF_LANES > 4) begin
  assign tx_core_cal_busy[4] = tx_ip_s_4[0];
  assign tx_ip_cal_busy[4] = tx_ip_s_4[0];
  assign tx_ip_full[4] = tx_ip_s_4[1];
  assign tx_ip_empty[4] = tx_ip_s_4[2];
  end
  endgenerate

  generate
  if (NUM_OF_LANES > 4) begin
  assign tx_ip_d_4[31: 0] = tx_ip_data[((32*5)-1):(32*4)];
  assign tx_ip_d_4[35:32] = tx_ip_kchar[((4*5)-1):(4*4)];
  assign tx_ip_d_4[36:36] = tx_ip_elecidle[4];
  assign tx_ip_d_4[37:37] = tx_ip_lane_polarity[4];
  assign tx_ip_d_4[38:38] = tx_ip_lane_powerdown[4];
  end else begin
  assign tx_ip_d_4[31: 0] = 32'd0;
  assign tx_ip_d_4[35:32] = 4'd0;
  assign tx_ip_d_4[36:36] = 1'd0;
  assign tx_ip_d_4[37:37] = 1'd0;
  assign tx_ip_d_4[38:38] = 1'd0;
  end
  endgenerate

  generate
  if (NUM_OF_LANES > 4) begin
  assign tx_phy_analogreset_4 = tx_core_analogreset[4];
  assign tx_phy_digitalreset_4 = tx_core_digitalreset[4];
  end else begin
  assign tx_phy_analogreset_4 = 1'd1;
  assign tx_phy_digitalreset_4 = 1'd1;
  end
  endgenerate

  assign tx_phy_s_4[0] = tx_phy_cal_busy_4;
  assign tx_phy_s_4[1] = tx_phy_full_4;
  assign tx_phy_s_4[2] = tx_phy_empty_4;
  assign tx_phy_data_4 = tx_phy_d_4[31:0];
  assign tx_phy_kchar_4 = tx_phy_d_4[35:32];
  assign tx_phy_elecidle_4 = tx_phy_d_4[36];
  assign tx_phy_lane_polarity_4 = tx_phy_d_4[37];
  assign tx_phy_lane_powerdown_4 = tx_phy_d_4[38];
  assign tx_phy_bit_reversal_4 = tx_ip_bit_reversal;
  assign tx_phy_byte_reversal_4 = tx_ip_byte_reversal;

  generate
  if (NUM_OF_LANES > 5) begin
  assign tx_core_cal_busy[5] = tx_ip_s_5[0];
  assign tx_ip_cal_busy[5] = tx_ip_s_5[0];
  assign tx_ip_full[5] = tx_ip_s_5[1];
  assign tx_ip_empty[5] = tx_ip_s_5[2];
  end
  endgenerate

  generate
  if (NUM_OF_LANES > 5) begin
  assign tx_ip_d_5[31: 0] = tx_ip_data[((32*6)-1):(32*5)];
  assign tx_ip_d_5[35:32] = tx_ip_kchar[((4*6)-1):(4*5)];
  assign tx_ip_d_5[36:36] = tx_ip_elecidle[5];
  assign tx_ip_d_5[37:37] = tx_ip_lane_polarity[5];
  assign tx_ip_d_5[38:38] = tx_ip_lane_powerdown[5];
  end else begin
  assign tx_ip_d_5[31: 0] = 32'd0;
  assign tx_ip_d_5[35:32] = 4'd0;
  assign tx_ip_d_5[36:36] = 1'd0;
  assign tx_ip_d_5[37:37] = 1'd0;
  assign tx_ip_d_5[38:38] = 1'd0;
  end
  endgenerate

  generate
  if (NUM_OF_LANES > 5) begin
  assign tx_phy_analogreset_5 = tx_core_analogreset[5];
  assign tx_phy_digitalreset_5 = tx_core_digitalreset[5];
  end else begin
  assign tx_phy_analogreset_5 = 1'd1;
  assign tx_phy_digitalreset_5 = 1'd1;
  end
  endgenerate

  assign tx_phy_s_5[0] = tx_phy_cal_busy_5;
  assign tx_phy_s_5[1] = tx_phy_full_5;
  assign tx_phy_s_5[2] = tx_phy_empty_5;
  assign tx_phy_data_5 = tx_phy_d_5[31:0];
  assign tx_phy_kchar_5 = tx_phy_d_5[35:32];
  assign tx_phy_elecidle_5 = tx_phy_d_5[36];
  assign tx_phy_lane_polarity_5 = tx_phy_d_5[37];
  assign tx_phy_lane_powerdown_5 = tx_phy_d_5[38];
  assign tx_phy_bit_reversal_5 = tx_ip_bit_reversal;
  assign tx_phy_byte_reversal_5 = tx_ip_byte_reversal;

  generate
  if (NUM_OF_LANES > 6) begin
  assign tx_core_cal_busy[6] = tx_ip_s_6[0];
  assign tx_ip_cal_busy[6] = tx_ip_s_6[0];
  assign tx_ip_full[6] = tx_ip_s_6[1];
  assign tx_ip_empty[6] = tx_ip_s_6[2];
  end
  endgenerate

  generate
  if (NUM_OF_LANES > 6) begin
  assign tx_ip_d_6[31: 0] = tx_ip_data[((32*7)-1):(32*6)];
  assign tx_ip_d_6[35:32] = tx_ip_kchar[((4*7)-1):(4*6)];
  assign tx_ip_d_6[36:36] = tx_ip_elecidle[6];
  assign tx_ip_d_6[37:37] = tx_ip_lane_polarity[6];
  assign tx_ip_d_6[38:38] = tx_ip_lane_powerdown[6];
  end else begin
  assign tx_ip_d_6[31: 0] = 32'd0;
  assign tx_ip_d_6[35:32] = 4'd0;
  assign tx_ip_d_6[36:36] = 1'd0;
  assign tx_ip_d_6[37:37] = 1'd0;
  assign tx_ip_d_6[38:38] = 1'd0;
  end
  endgenerate

  generate
  if (NUM_OF_LANES > 6) begin
  assign tx_phy_analogreset_6 = tx_core_analogreset[6];
  assign tx_phy_digitalreset_6 = tx_core_digitalreset[6];
  end else begin
  assign tx_phy_analogreset_6 = 1'd1;
  assign tx_phy_digitalreset_6 = 1'd1;
  end
  endgenerate

  assign tx_phy_s_6[0] = tx_phy_cal_busy_6;
  assign tx_phy_s_6[1] = tx_phy_full_6;
  assign tx_phy_s_6[2] = tx_phy_empty_6;
  assign tx_phy_data_6 = tx_phy_d_6[31:0];
  assign tx_phy_kchar_6 = tx_phy_d_6[35:32];
  assign tx_phy_elecidle_6 = tx_phy_d_6[36];
  assign tx_phy_lane_polarity_6 = tx_phy_d_6[37];
  assign tx_phy_lane_powerdown_6 = tx_phy_d_6[38];
  assign tx_phy_bit_reversal_6 = tx_ip_bit_reversal;
  assign tx_phy_byte_reversal_6 = tx_ip_byte_reversal;

  generate
  if (NUM_OF_LANES > 7) begin
  assign tx_core_cal_busy[7] = tx_ip_s_7[0];
  assign tx_ip_cal_busy[7] = tx_ip_s_7[0];
  assign tx_ip_full[7] = tx_ip_s_7[1];
  assign tx_ip_empty[7] = tx_ip_s_7[2];
  end
  endgenerate

  generate
  if (NUM_OF_LANES > 7) begin
  assign tx_ip_d_7[31: 0] = tx_ip_data[((32*8)-1):(32*7)];
  assign tx_ip_d_7[35:32] = tx_ip_kchar[((4*8)-1):(4*7)];
  assign tx_ip_d_7[36:36] = tx_ip_elecidle[7];
  assign tx_ip_d_7[37:37] = tx_ip_lane_polarity[7];
  assign tx_ip_d_7[38:38] = tx_ip_lane_powerdown[7];
  end else begin
  assign tx_ip_d_7[31: 0] = 32'd0;
  assign tx_ip_d_7[35:32] = 4'd0;
  assign tx_ip_d_7[36:36] = 1'd0;
  assign tx_ip_d_7[37:37] = 1'd0;
  assign tx_ip_d_7[38:38] = 1'd0;
  end
  endgenerate

  generate
  if (NUM_OF_LANES > 7) begin
  assign tx_phy_analogreset_7 = tx_core_analogreset[7];
  assign tx_phy_digitalreset_7 = tx_core_digitalreset[7];
  end else begin
  assign tx_phy_analogreset_7 = 1'd1;
  assign tx_phy_digitalreset_7 = 1'd1;
  end
  endgenerate

  assign tx_phy_s_7[0] = tx_phy_cal_busy_7;
  assign tx_phy_s_7[1] = tx_phy_full_7;
  assign tx_phy_s_7[2] = tx_phy_empty_7;
  assign tx_phy_data_7 = tx_phy_d_7[31:0];
  assign tx_phy_kchar_7 = tx_phy_d_7[35:32];
  assign tx_phy_elecidle_7 = tx_phy_d_7[36];
  assign tx_phy_lane_polarity_7 = tx_phy_d_7[37];
  assign tx_phy_lane_powerdown_7 = tx_phy_d_7[38];
  assign tx_phy_bit_reversal_7 = tx_ip_bit_reversal;
  assign tx_phy_byte_reversal_7 = tx_ip_byte_reversal;

endmodule

// ***************************************************************************
// ***************************************************************************